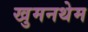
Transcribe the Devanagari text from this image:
खुमनथेम